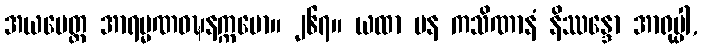
အယမေတ္ထ အာရမ္မဏဝဍ္ဎနက္ကမော။ ၂၆၇။ ယထာ ပန ကသိဏာနံ နိဿန္ဒော အာရုပ္ပါ,